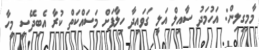
މާމިގިލިން: އަހުމަދު ސާއިލް އަލީ ގަވައިދާ ހިލާފަށް މަސައްކަތް ކުރާ އެބިދޭސީ މީހާ